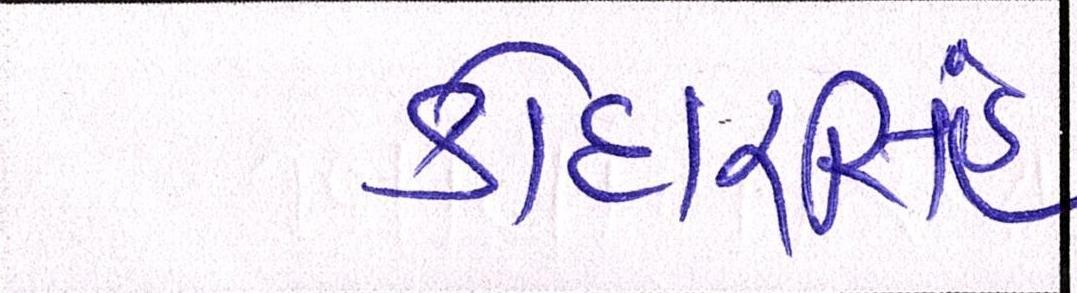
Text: કોદારસિંહ